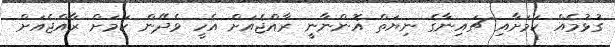
ގުޅުމެއް ކަމަށާއި ޗައިނާގެ ނިޔަތް އޮންނާނީ ރާއްޖެއަށް އެހީ ވެދޭން ކަމަށް ރާއްޖެއަށް